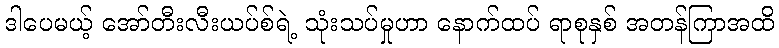
ဒါပေမယ့် အော်တီးလီးယပ်စ်ရဲ့ သုံးသပ်မှုဟာ နောက်ထပ် ရာစုနှစ် အတန်ကြာအထိ